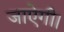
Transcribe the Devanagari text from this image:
जाऐगी।